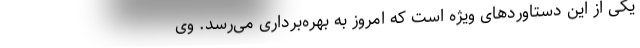
یکی از این دستاوردهای ویژه است که امروز به بهره‌برداری می‌رسد. وی